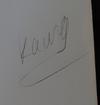
Signature authenticity: genuine